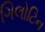
ગિલોટિન